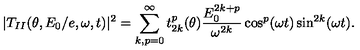
| T _ { I I } ( \theta , E _ { 0 } / e , \omega , t ) | ^ { 2 } = \sum _ { k , p = 0 } ^ { \infty } t _ { 2 k } ^ { p } ( \theta ) \frac { E _ { 0 } ^ { 2 k + p } } { \omega ^ { 2 k } } \cos ^ { p } ( \omega t ) \sin ^ { 2 k } ( \omega t ) .